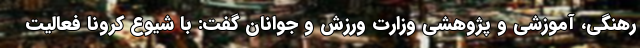
رهنگی، آموزشی و پژوهشی وزارت ورزش و جوانان گفت: با شیوع کرونا فعالیت